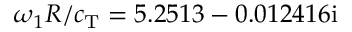
\omega _ { 1 } R / c _ { \mathrm { T } } = 5 . 2 5 1 3 - 0 . 0 1 2 4 1 6 \mathrm { i }